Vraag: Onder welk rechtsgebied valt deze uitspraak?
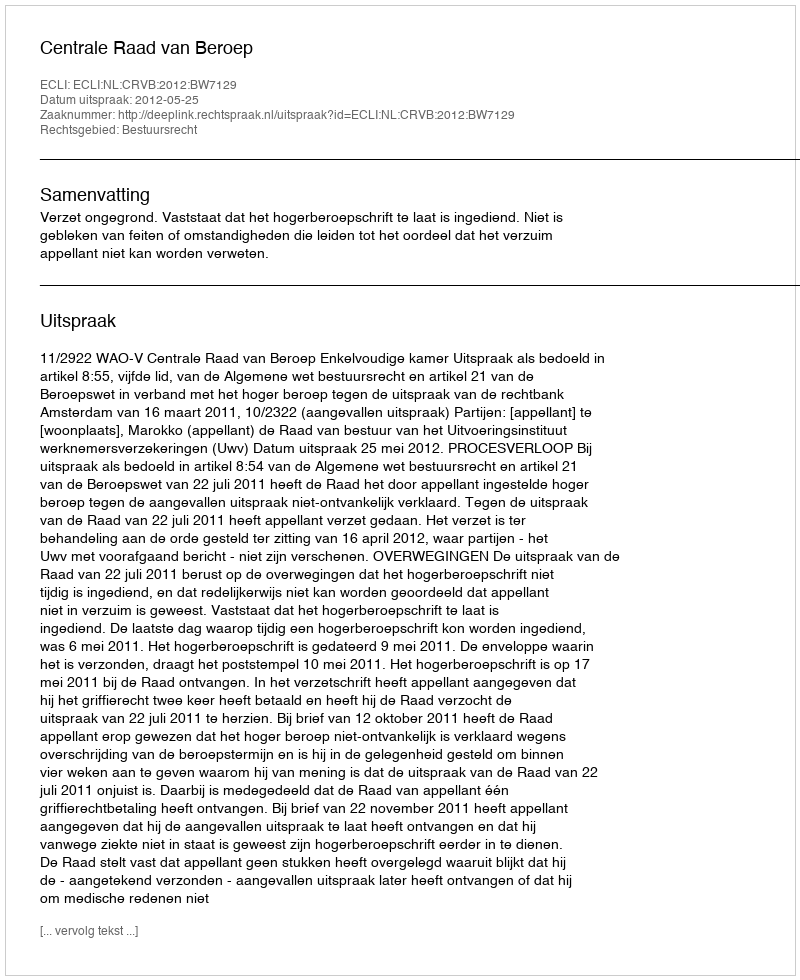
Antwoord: Bestuursrecht